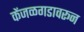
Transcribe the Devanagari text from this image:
केंजळगडावरून